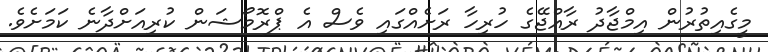
މީގެއިތުރުން އިމްޖާދު ރާއްޖޭގެ ހުރިހާ ރަށެއްގައި ވެސް އެ ޕްރޮމޯޝަން ކުރިއަށްދާނެ ކަމަށެވެ.